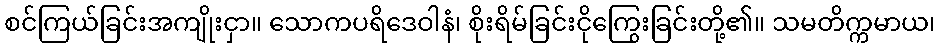
စင်ကြယ်ခြင်းအကျိုးငှာ။ သောကပရိဒေဝါနံ၊ စိုးရိမ်ခြင်းငိုကြွေးခြင်းတို့၏။ သမတိက္ကမာယ၊